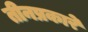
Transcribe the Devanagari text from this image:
तीनप्रकारे